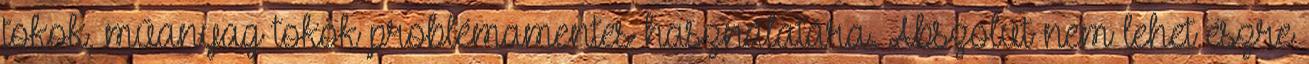
tokok, műanyag tokok problémamentes használatára. Abszolút nem lehet észre